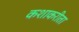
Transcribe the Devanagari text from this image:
कशाकरीता